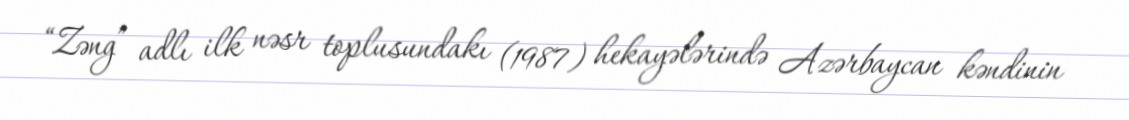
“Zəng” adlı ilk nəsr toplusundakı (1987) hekayələrində Azərbaycan kəndinin